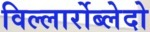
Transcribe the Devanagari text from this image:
विल्लार्रोब्लेदो